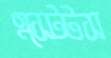
এস্টেটস